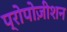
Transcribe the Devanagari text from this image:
प्रोपोज़ीशन